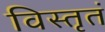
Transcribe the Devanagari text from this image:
विस्तृतं